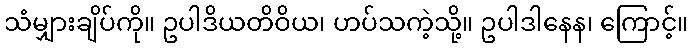
သံမျှားချိပ်ကို။ ဥပါဒိယတိဝိယ၊ ဟပ်သကဲ့သို့။ ဥပါဒါနေန၊ ကြောင့်။